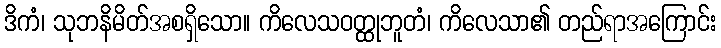
ဒိကံ၊ သုဘနိမိတ်အစရှိသော။ ကိလေသဝတ္ထုဘူတံ၊ ကိလေသာ၏ တည်ရာအကြောင်း